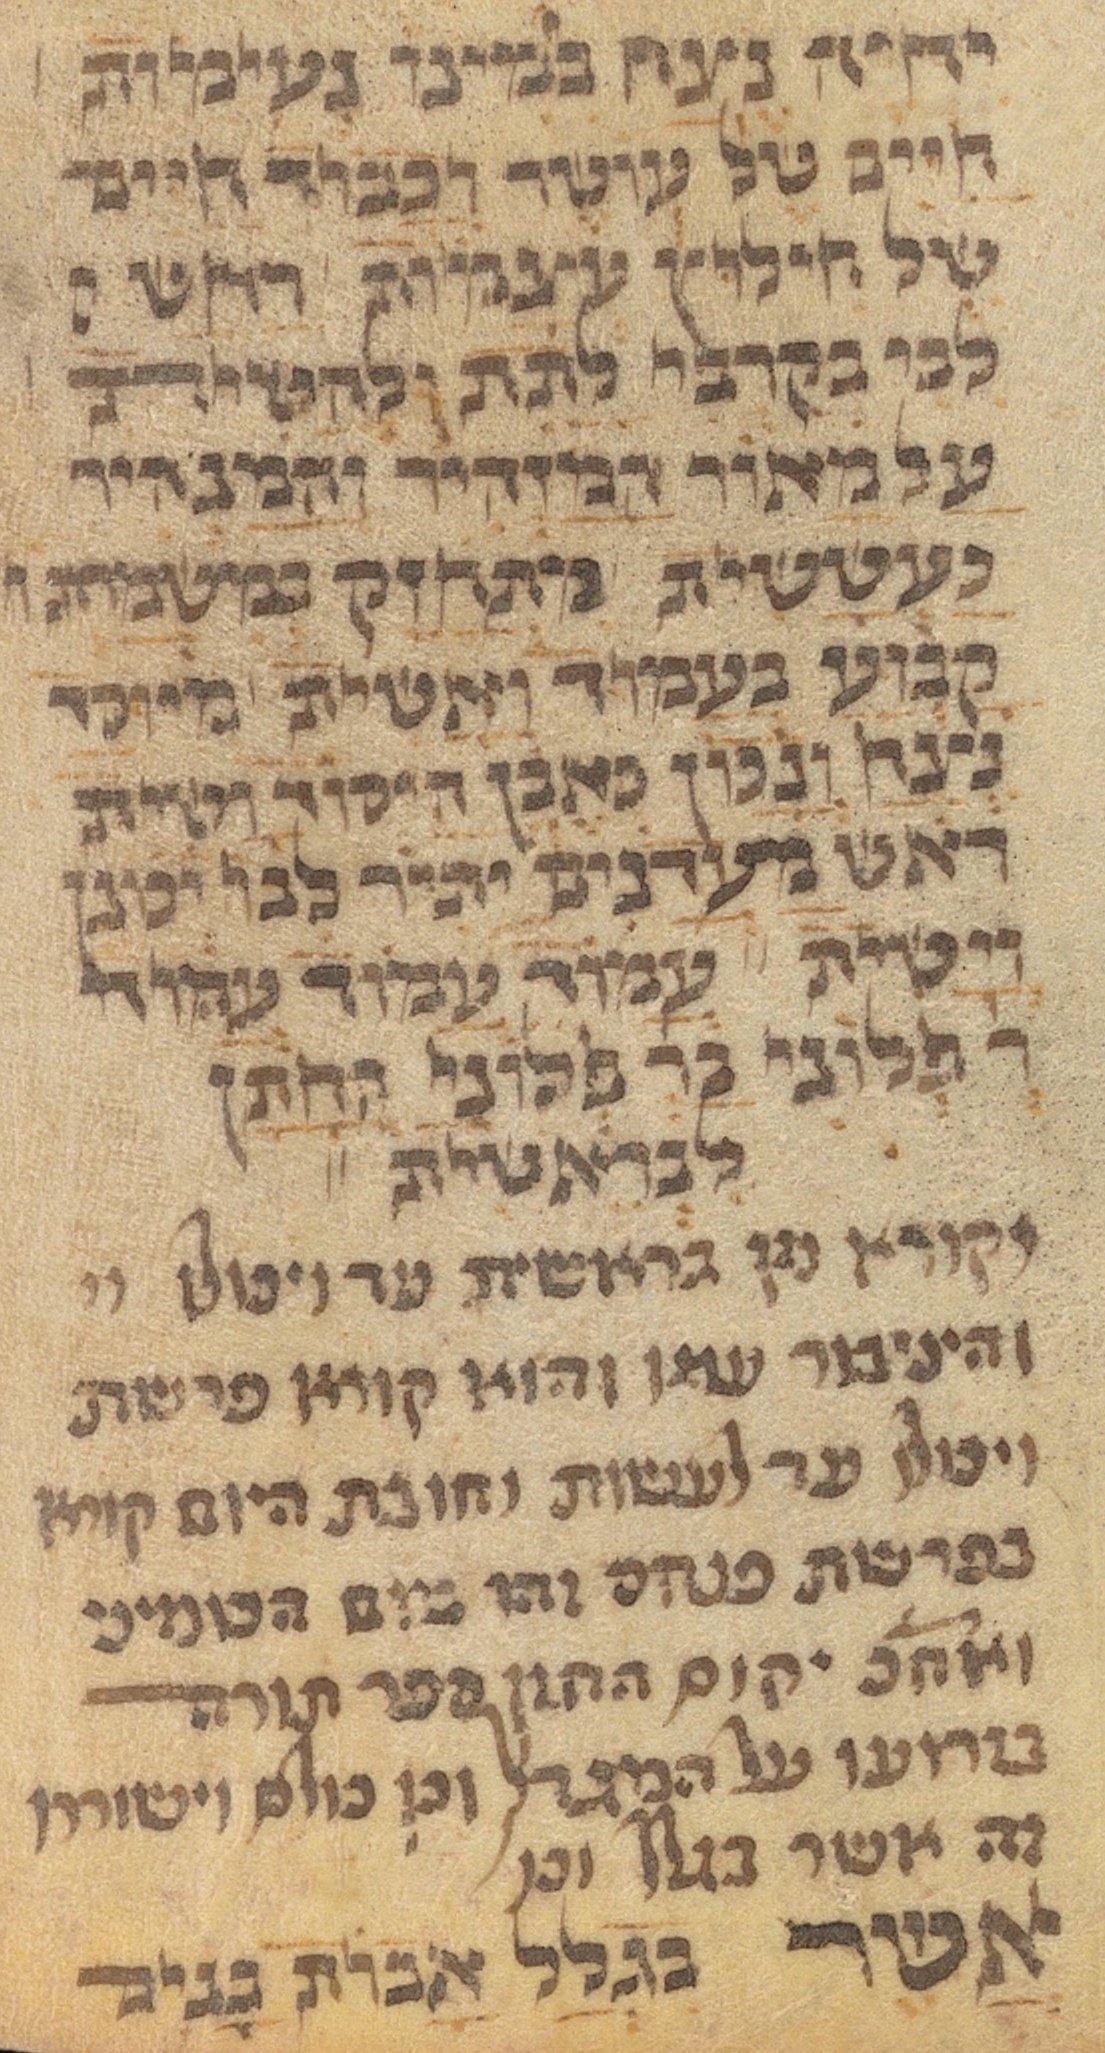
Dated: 1450–1499